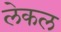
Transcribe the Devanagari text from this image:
लेकल